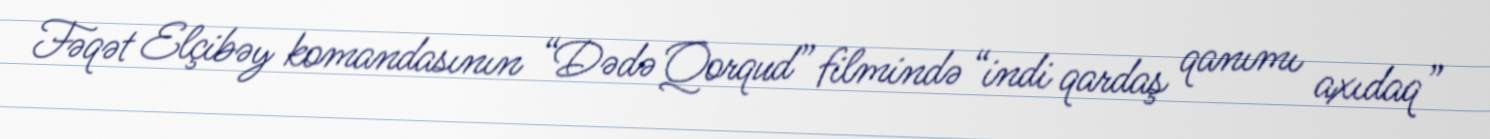
Fəqət Elçibəy komandasının “Dədə Qorqud” filmində “indi qardaş qanımı axıdaq”